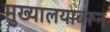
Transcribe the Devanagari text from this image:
मुख्यालयावरून